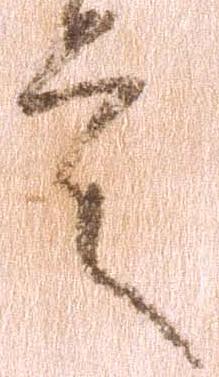
言